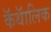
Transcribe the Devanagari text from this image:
कॅथॅालिक